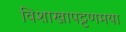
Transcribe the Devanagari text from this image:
विशाखापट्टणमया